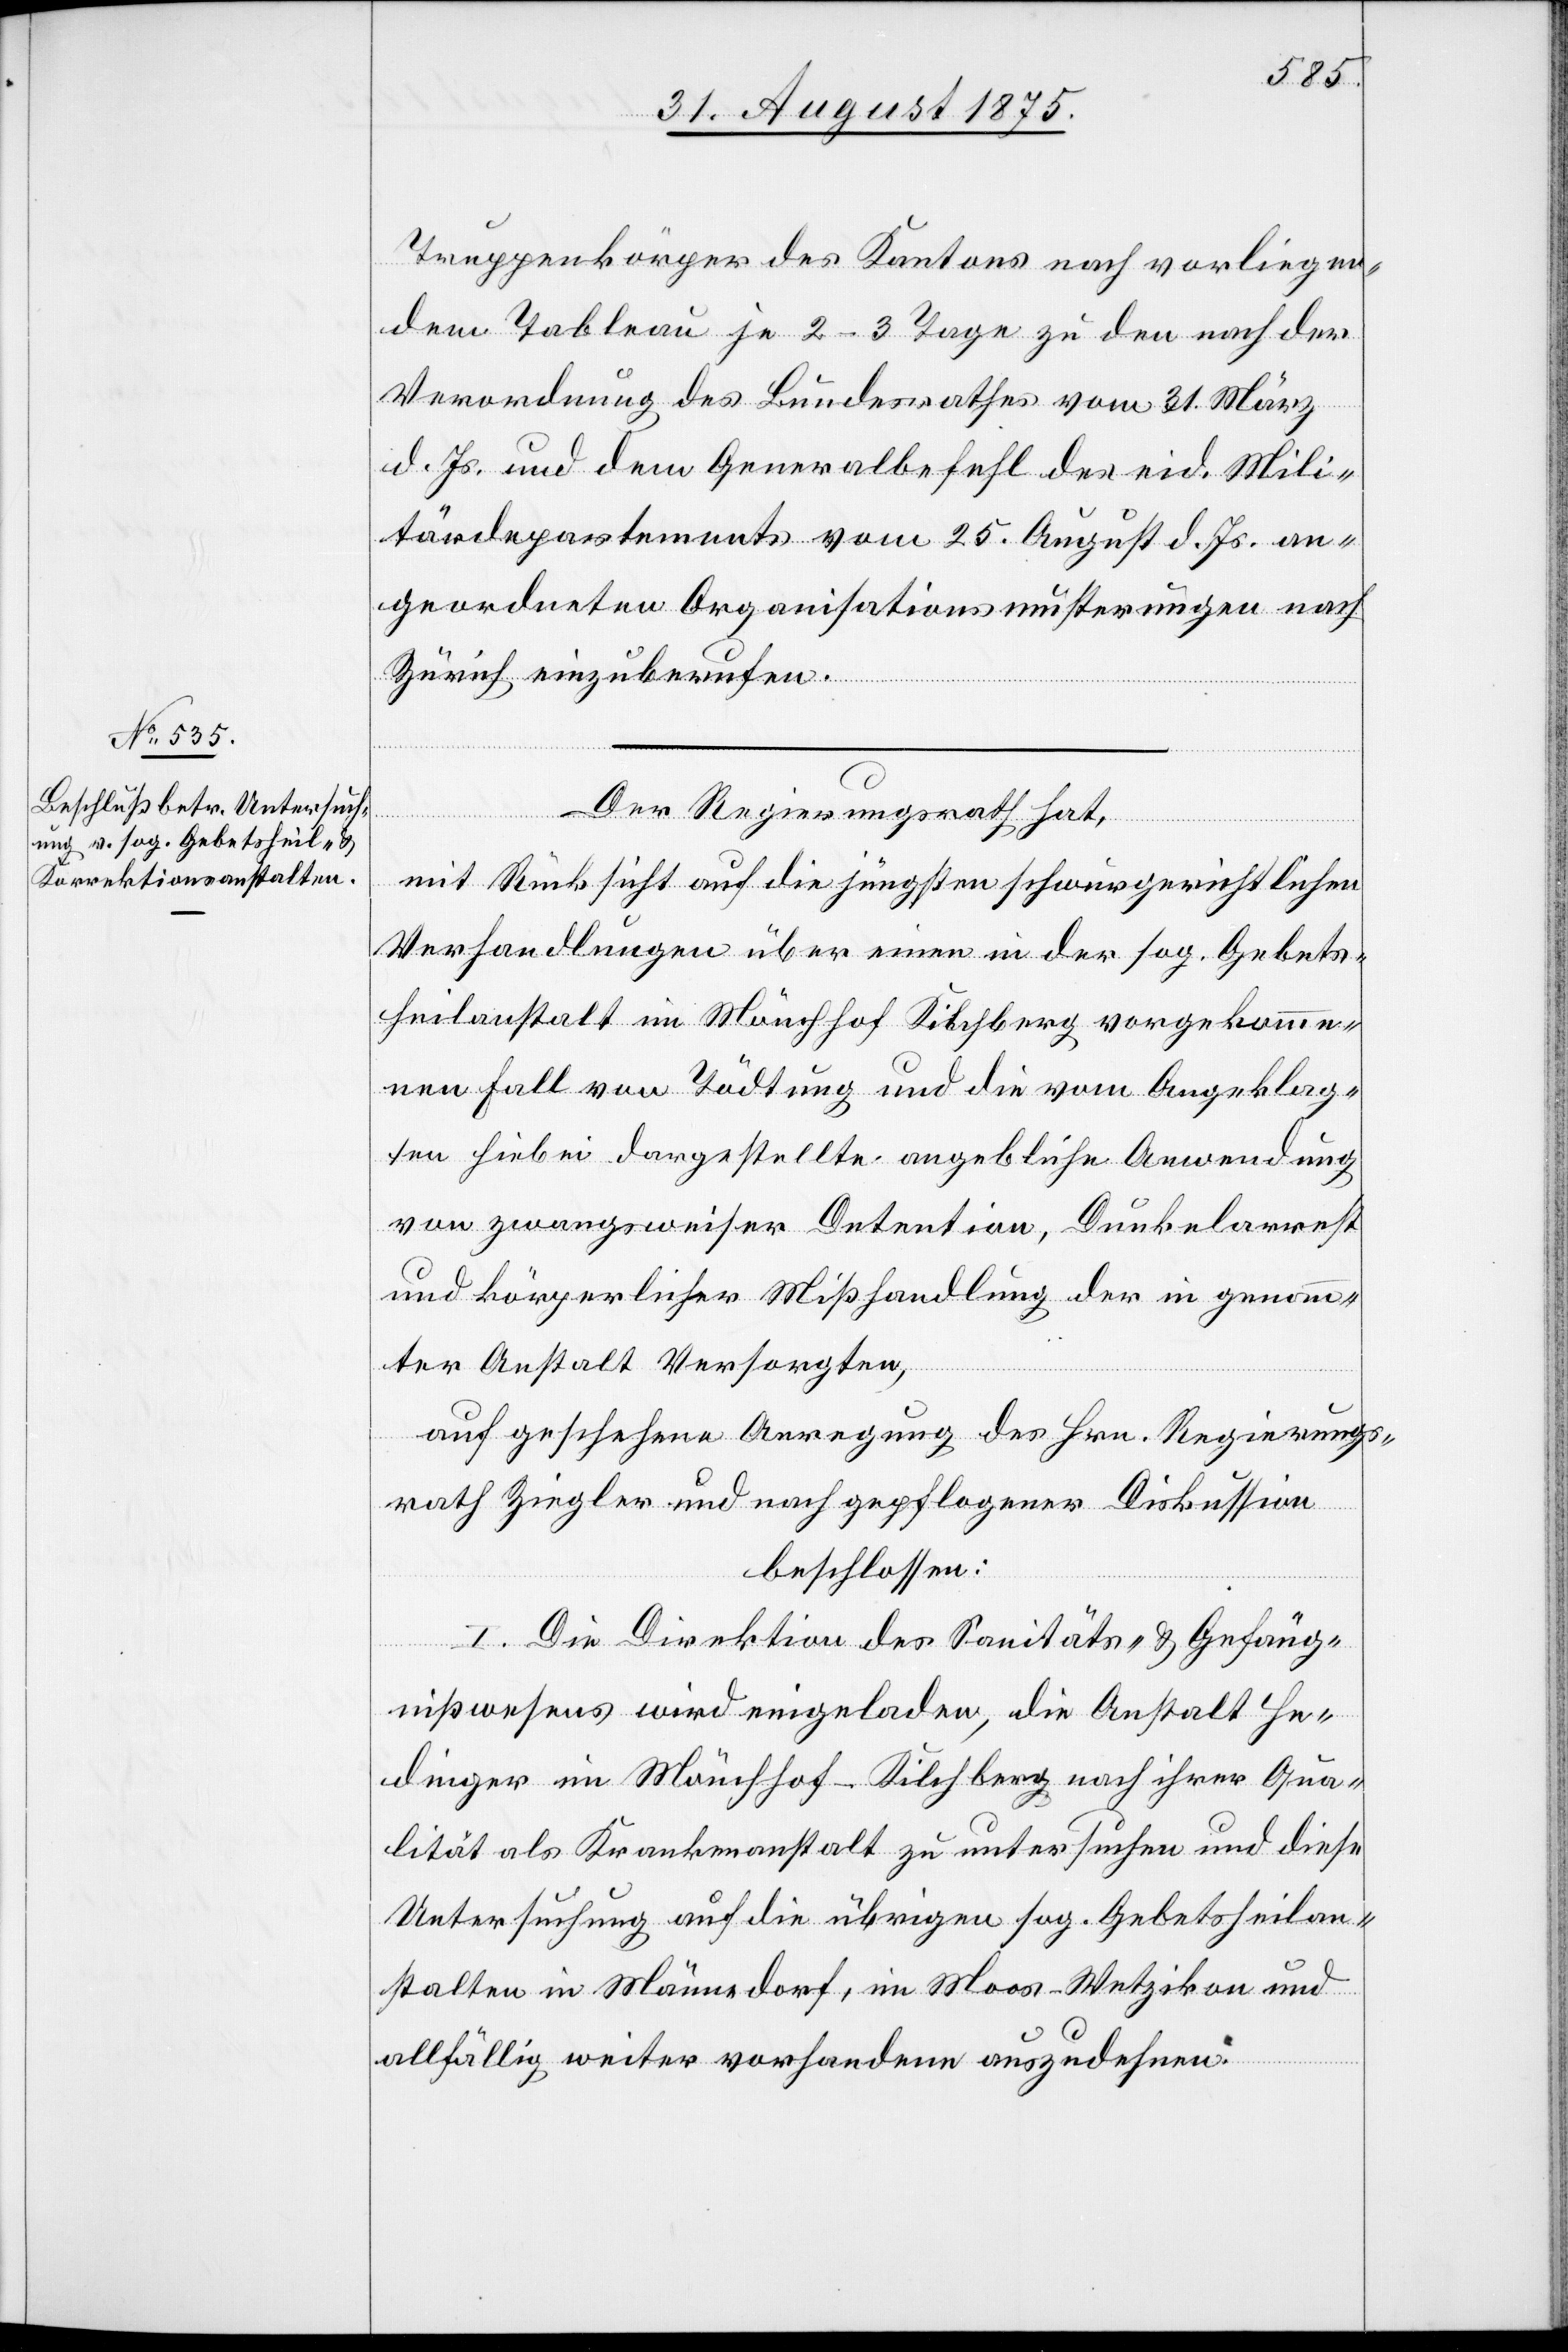
Truppenkörper des Kantons nach vorliegen¬
dem Tableau je 2–3 Tage zu den nach der
Verordnung des Bundesrathes vom 31. März
d. Js. und dem Generalbefehl des eid. Mili¬
tärdepartements vom 25. August d. Js. an¬
geordneten Organisationsmusterungen nach
Zürich einzuberufen.
Der Regierungsrath hat,
mit Rücksicht auf die jüngsten schwurgerichtlichen
Verhandlungen über einen in der sog. Gebets¬
heilanstalt im Mönchhof Kilchberg vorgekomme¬
nen Fall von Tödtung und die vom Angeklag¬
ten hiebei dargestellte angebliche Anwendung
von zwangsweiser Detention, Dunkelarrest
und körperlicher Mißhandlung der in genann¬
ter Anstalt Versorgten,
auf geschehene Anregung des Hrn. Regierungs¬
rath Ziegler und nach gepflogener Diskussion
beschlossen:
I. Die Direktion des Sanitäts- & Gefäng¬
nißwesens wird eingeladen, die Anstalt He¬
dinger im Mönchhof - Kilchberg nach ihrer Qua¬
lität als Krankenanstalt zu untersuchen und diese
Untersuchung auf die übrigen sog. Gebetsheilan¬
stalten in Männedorf, im Moos - Wetzikon und
allfällig weiter vorhandene auszudehnen.